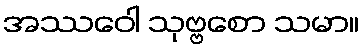
အဿဝေါ သုဗ္ဗစော သမာ။